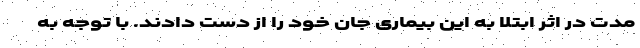
مدت در اثر ابتلا به این بیماری جان خود را از دست دادند. با توجه به